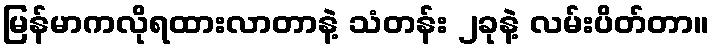
မြန်မာကလိုရထားလာတာနဲ့ သံတန်း ၂ခုနဲ့ လမ်းပိတ်တာ။